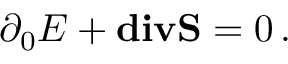
\partial _ { 0 } { \cal E } + { \bf d i v } { \bf S } = 0 \, .